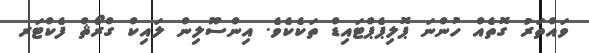
ވައްތަރު ގޮތެއް ހުންނަ ޕޮލިޕެޕްޓައިޑް ތަކެކެވެ. އިންސޫލިން ލައިކް ގްރޯޘް ފެކްޓަރ